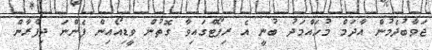
ޖަވާބުދެމުން އާދަމް މުހައްމަދު ބުނީ އެ ރިޕޯޓްގައިވާ ގޮތުން ވީޑިއޯއިން ފެންނަ ދިފްރާން